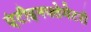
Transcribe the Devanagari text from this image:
एंटीइनफ्लेमेटरी